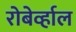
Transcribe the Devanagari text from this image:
रोबेर्व्हाल